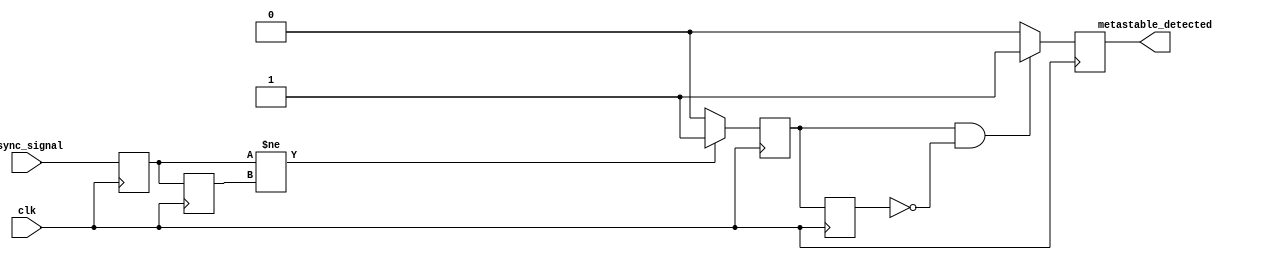
module MetastabilityDetector(
    input wire clk,         // Stable clock signal
    input wire async_signal, // Asynchronous input signal
    output reg metastable_detected // Output signal indicating metastability
);

// Internal signals
reg ff1, ff2;                // Flip-flops to sample the asynchronous signal
reg pulse;                   // Pulse signal to indicate transition
reg pulse_d;                // Delayed pulse signal for edge detection

// Flip-flop instantiations for double sampling
always @(posedge clk) begin
    ff1 <= async_signal;     // Sample first flip-flop
    ff2 <= ff1;              // Sample second flip-flop
end

// Pulse generation logic
always @(posedge clk) begin
    if (ff1 != ff2) begin
        pulse <= 1'b1;       // Set pulse high on state change
    end else begin
        pulse <= 1'b0;       // Reset pulse if no change
    end
end

// Pulse delay for metastability indication
always @(posedge clk) begin
    pulse_d <= pulse;        // Delay the pulse for metastability check
end

// Metastability detection logic
always @(posedge clk) begin
    if (pulse && !pulse_d) begin // Detect rising edge of pulse
        metastable_detected <= 1'b1; // Indicate a metastable condition
    end else begin
        metastable_detected <= 1'b0; // Clear the detection signal
    end
end

endmodule